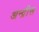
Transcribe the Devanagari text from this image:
अन्द्रीस